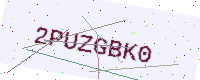
Text: 2PUZGBK0